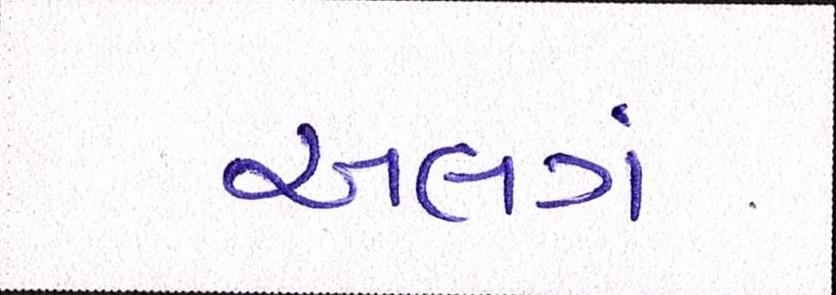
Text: અલગં